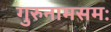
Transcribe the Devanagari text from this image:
गुरुनामसमः